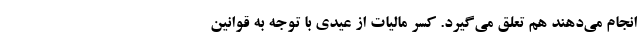
انجام می‌دهند هم تعلق می‌گیرد. کسر مالیات از عیدی با توجه به قوانین